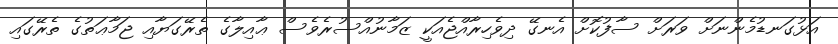
އަޅުގަނޑުމެންނަށް ވަރަށް ސާފުކޮށް އެނގޭ ދިވެހިރާއްޖެއަކީ ޒަމާނުއްސުރެވެސް ޢާއިލާގެ ތެރޭގަޔާއި ޖަމާޢަތުގެ ތެރޭގައި